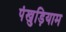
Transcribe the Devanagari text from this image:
पंखुड़ियाम